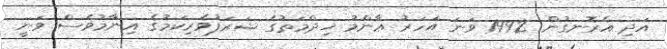
އަދި އެރޮނގުން 1992 ވަނަ އަހަރު ޢާންމު ޚިދްމަތުގެ ޝަރަފުވެރިކަމުގެ އިނާމުވެސް ވަނީ